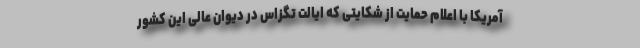
آمریکا با اعلام حمایت از شکایتی که ایالت تگزاس در دیوان عالی این کشور